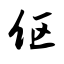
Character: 伛